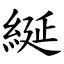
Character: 綖